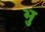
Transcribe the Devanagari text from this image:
भु